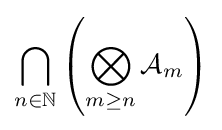
\bigcap _{n\in \mathbb {N} }\left(\bigotimes _{m\geq n}{\mathcal {A}}_{m}\right)